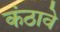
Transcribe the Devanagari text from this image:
कंठावे